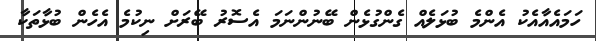
ހަމައެއާއެކު އެންމެ ބުޅަލެއް ގެންގުޅެން ބޭނުންނަމަ އެސޮރު ބޭރަށް ނިކުމެ އެހެން ބުޅާތަކާ